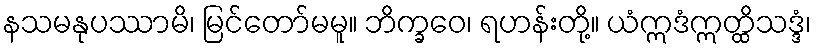
နသမနုပဿာမိ၊ မြင်တော်မမူ။ ဘိက္ခဝေ၊ ရဟန်းတို့။ ယံဣဒံဣတ္ထိသဒ္ဒံ၊